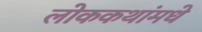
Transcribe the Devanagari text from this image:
लोककथांमधे